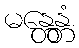
မန္တေန္တံ